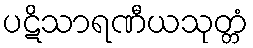
ပဋိသာရဏီယသုတ္တံ